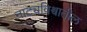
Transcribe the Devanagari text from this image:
नाट्यविश्वातील